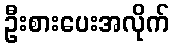
ဦးစားပေးအလိုက်